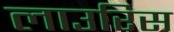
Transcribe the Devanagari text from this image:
लाउरिस